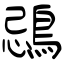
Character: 鵋